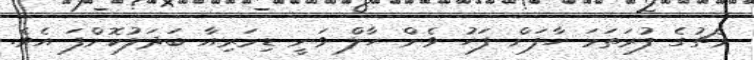
މެޗުގެ ފުރަތަމަ ހާފަށް ފަހު ވެން ހާލް ވަނީ ޑިމަރިއާ ބަދަލުކޮށްފަ އެވެ.